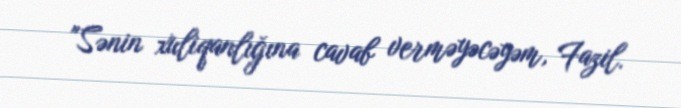
"Sənin xuliqanlığına cavab verməyəcəyəm, Fazil.